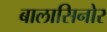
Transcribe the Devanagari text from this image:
बालासिनोर